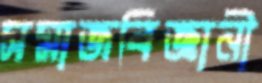
সমাজবিজ্ঞানী